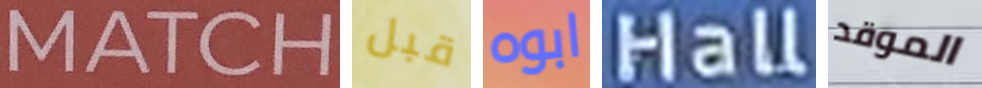
MATCH قبل ابوه Hall الموقد